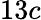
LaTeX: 13c